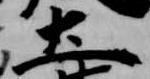
土